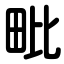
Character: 毗